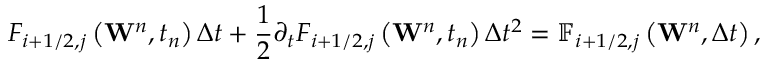
{ { F } _ { i + 1 / 2 , j } } \left( { { \mathbf { W } } ^ { n } } , { { t } _ { n } } \right) \Delta t + \frac { 1 } { 2 } { { \partial } _ { t } } { { F } _ { i + 1 / 2 , j } } \left( { { \mathbf { W } } ^ { n } } , { { t } _ { n } } \right) \Delta { { t } ^ { 2 } } = { { \mathbb { F } } _ { i + 1 / 2 , j } } \left( { { \mathbf { W } } ^ { n } } , \Delta t \right) ,